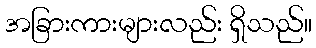
အခြားကားများလည်း ရှိသည်။